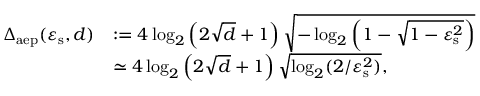
\begin{array} { r l } { \Delta _ { \mathrm { a e p } } ( \varepsilon _ { \mathrm { s } } , d ) } & { : = 4 \log _ { 2 } \left( 2 \sqrt { d } + 1 \right) \sqrt { - \log _ { 2 } \left( 1 - \sqrt { 1 - \varepsilon _ { \mathrm { s } } ^ { 2 } } \right) } } \\ & { \simeq 4 \log _ { 2 } \left( 2 \sqrt { d } + 1 \right) \sqrt { \log _ { 2 } ( 2 / \varepsilon _ { \mathrm { s } } ^ { 2 } ) } , } \end{array}